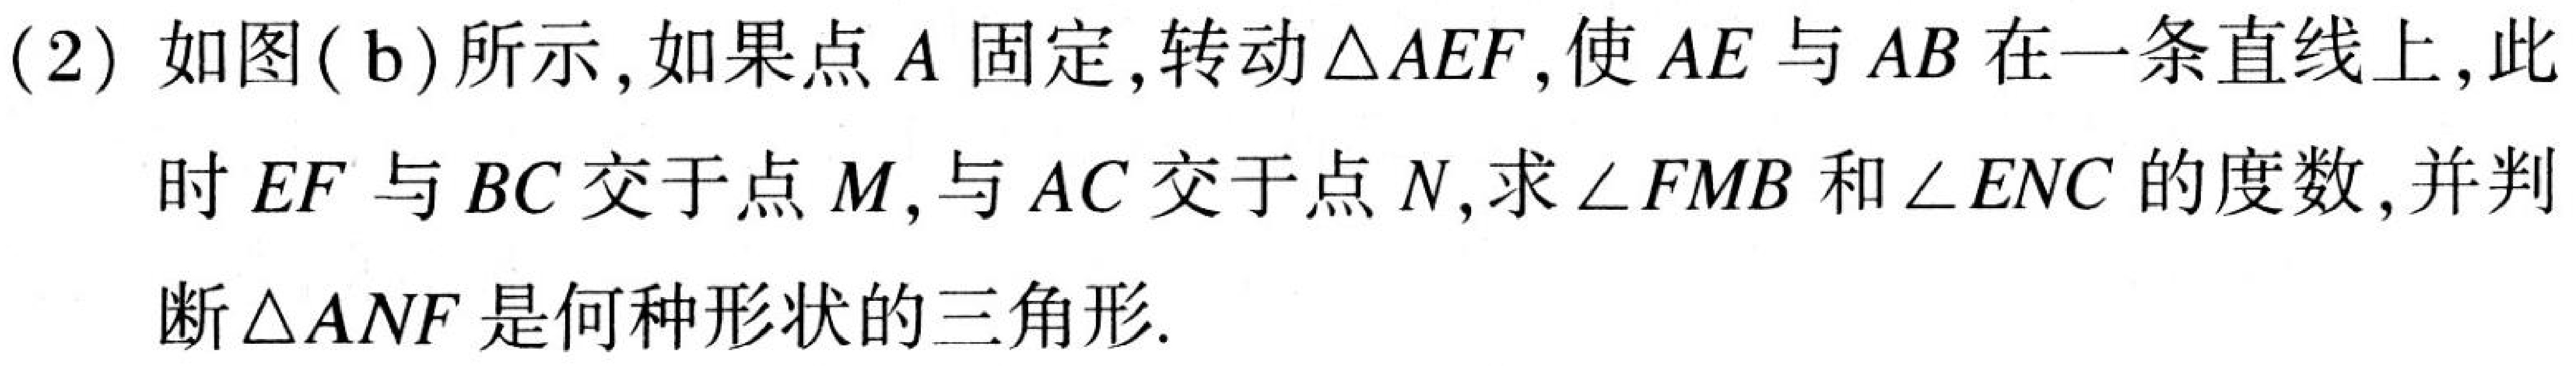
(2) 如图(b)所示，如果点\(A\)固定，转动\(\triangle AEF\)，使\(AE\)与\(AB\)在一条直线上，此时\(EF\)与\(BC\)交于点\(M\)，与\(AC\)交于点\(N\)，求\(\angle FMB\)和\(\angle ENC\)的度数，并判断\(\triangle ANF\)是何种形状的三角形.